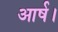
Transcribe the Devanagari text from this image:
आर्ष।